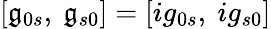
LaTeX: [{\mathfrak{g}}_{0s},\ {\mathfrak{g}}_{s0}]=\left[ig_{0s},\ ig_{s0}\right]